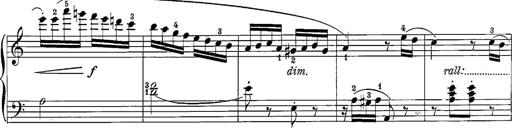
Title: 12 Sonatine per Pianoforte
Composer: Friedrich Kuhlau